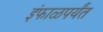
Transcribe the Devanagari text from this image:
इंफाळपर्यंत